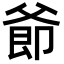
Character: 𪺜